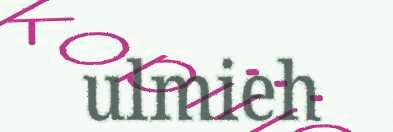
ulmieh